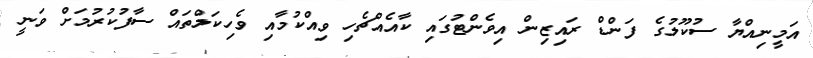
އަމީނިއްޔާ ސުކޫލުގެ ފަންޑް ރައިޒިން އިވެންޓުގައި ކާއެއްޗެހި ވިއްކުމާއި ވެހިކަލްތައް ސާފުކުރުމަށް ވަނީ